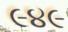
૯૪૯